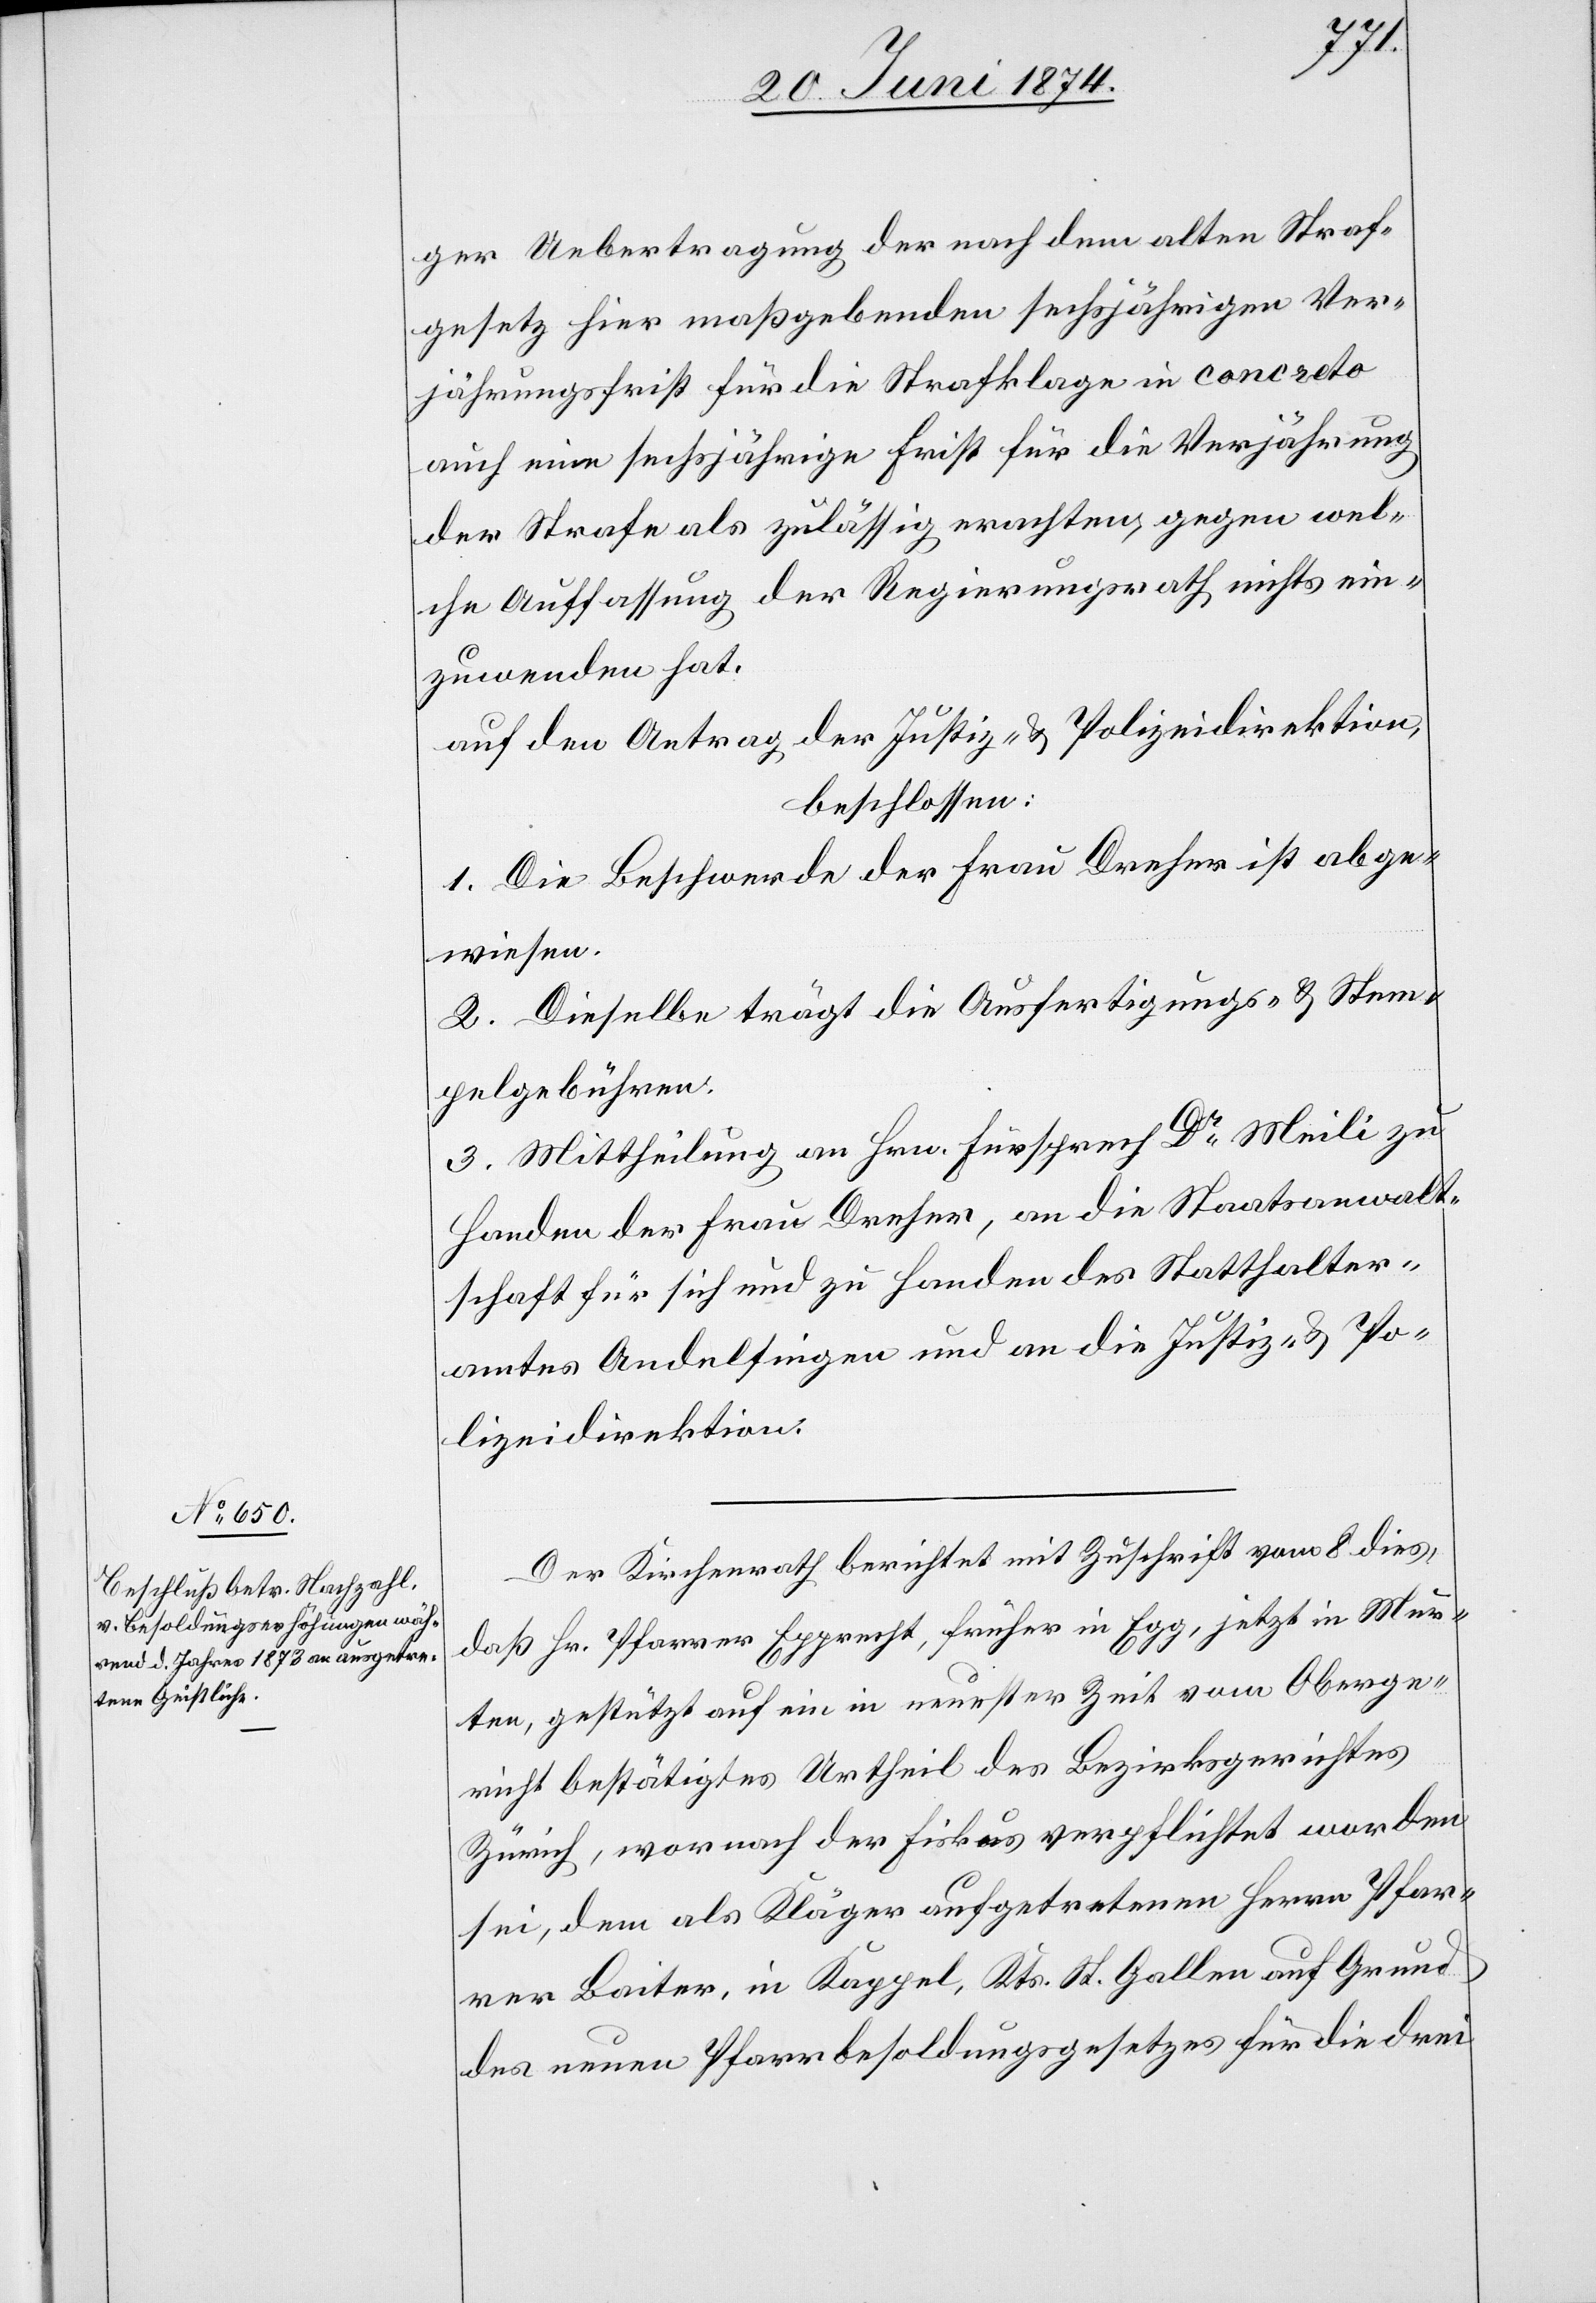
ger Uebertragung der nach dem alten Straf¬
gesetz hier maßgebenden sechsjährigen Ver¬
jährungsfrist für die Strafklage in concreto
auch eine sechsjährige Frist für die Verjährung
der Strafe als zulässig erachten, gegen wel¬
che Auffassung der Regierungsrath nichts ein¬
zuwenden hat.
auf den Antrag der Justiz- u. Polizeidirektion,
beschlossen:
1. Die Beschwerde der Frau Dreher ist abge¬
wiesen.
2. Dieselbe trägt die Ausfertigungs- u. Stem¬
pelgebühren.
3. Mittheilung an Hrn. Fürsprech Dr Meili zu
Handen der Frau Dreher, an die Staatsanwalt¬
schaft für sich und zu Handen des Statthalter¬
amtes Andelfingen und an die Justiz- u. Po¬
lizeidirektion.
Der Kirchenrath berichtet mit Zuschrift vom 8. dies,
daß Hr. Pfarrer Epprecht, früher in Egg, jetzt in Mur¬
ten, gestützt auf ein in neuester Zeit vom Oberge¬
richt bestätigtes Urtheil des Bezirksgerichtes
Zürich, wornach der Fiskus verpflichtet worden
sei, dem als Kläger aufgetretenen Herrn Pfar¬
rer Baiter, in Kappel, Kts. St. Gallen auf Grund
des neuen Pfarrbesoldungsgesetzes für die drei